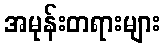
အမုန်းတရားများ